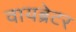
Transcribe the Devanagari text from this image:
वायब्रेटर